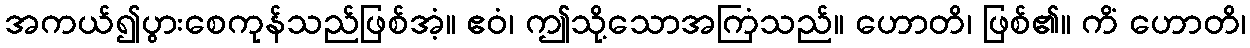
အကယ်၍ပွားစေကုန်သည်ဖြစ်အံ့။ ဧဝံ၊ ဤသို့သောအကြံသည်။ ဟောတိ၊ ဖြစ်၏။ ကိံ ဟောတိ၊